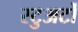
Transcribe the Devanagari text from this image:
स्टुअर्टों